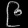
Digit: ၉